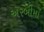
અરબીમાઁ